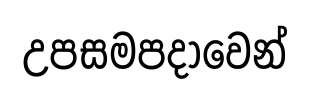
උපසමපදාවෙන්